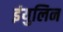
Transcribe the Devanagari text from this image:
इंयुलिन